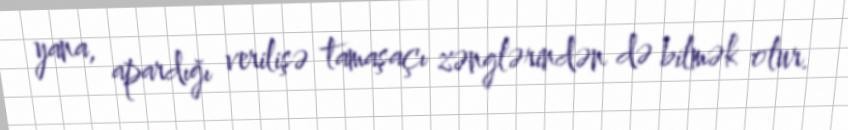
yana, apardığı verilişə tamaşaçı zənglərindən də bilmək olur.